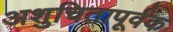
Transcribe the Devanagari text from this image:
अशुचितापूर्वक